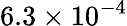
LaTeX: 6.3\times 10^{-4}